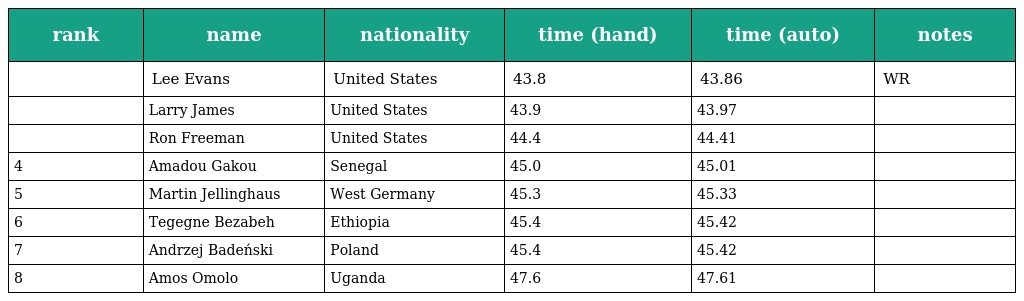
| rank | name | nationality | time (hand) | time (auto) | notes |
 | --- | --- | --- | --- | --- | --- |
 |  | Lee Evans | United States | 43.8 | 43.86 | WR |
 |  | Larry James | United States | 43.9 | 43.97 |  |
 |  | Ron Freeman | United States | 44.4 | 44.41 |  |
 | 4 | Amadou Gakou | Senegal | 45.0 | 45.01 |  |
 | 5 | Martin Jellinghaus | West Germany | 45.3 | 45.33 |  |
 | 6 | Tegegne Bezabeh | Ethiopia | 45.4 | 45.42 |  |
 | 7 | Andrzej Badeński | Poland | 45.4 | 45.42 |  |
 | 8 | Amos Omolo | Uganda | 47.6 | 47.61 |  |